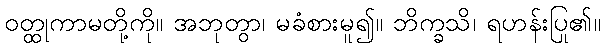
ဝတ္ထုကာမတို့ကို။ အဘုတွာ၊ မခံစားမူ၍။ ဘိက္ခသိ၊ ရဟန်းပြု၏။